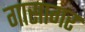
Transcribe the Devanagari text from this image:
गासागर